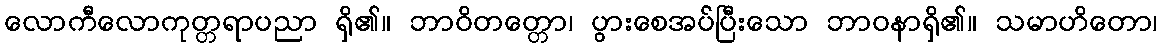
လောကီလောကုတ္တရာပညာ ရှိ၏။ ဘာဝိတတ္တော၊ ပွားစေအပ်ပြီးသော ဘာဝနာရှိ၏။ သမာဟိတော၊